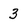
Character: 3